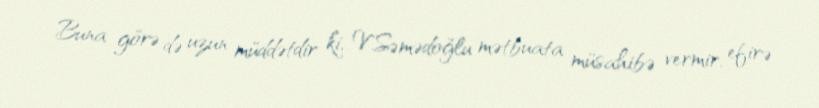
Buna görə də uzun müddətdir ki, V.Səmədoğlu mətbuata müsahibə vermir, efirə